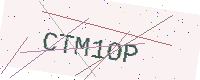
Text: CTM1OP